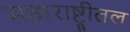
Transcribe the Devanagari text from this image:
महाराष्ट्रीतल